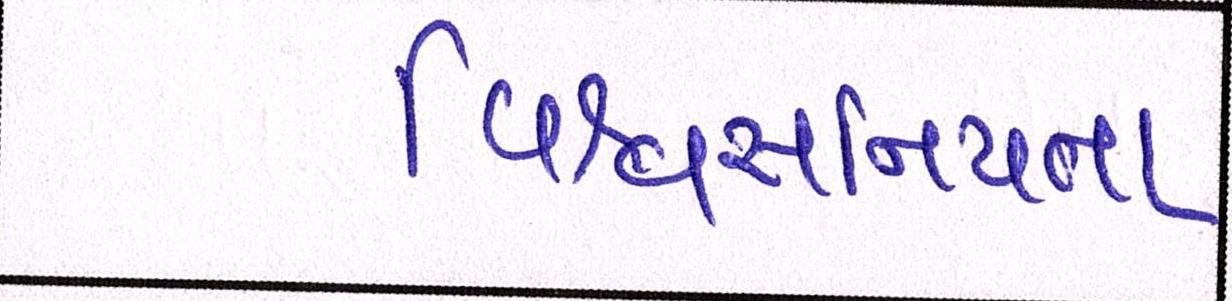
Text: વિશ્વસનિયતા